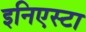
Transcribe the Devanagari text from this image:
इनिएस्टा